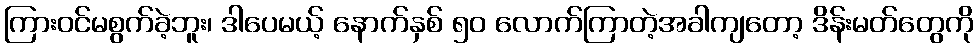
ကြားဝင်မစွက်ခဲ့ဘူး၊ ဒါပေမယ့် နောက်နှစ် ၅၀ လောက်ကြာတဲ့အခါကျတော့ ဒိန်းမတ်တွေကို